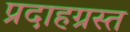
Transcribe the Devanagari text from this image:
प्रदाहग्रस्त